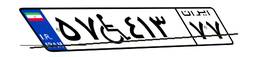
۵۷W۴۱۳۷۷